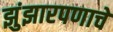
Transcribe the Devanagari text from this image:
झुंझारपणाचे